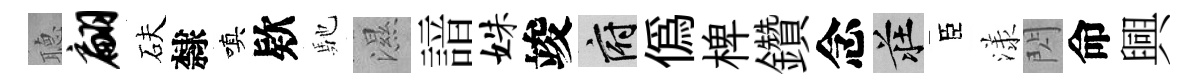
𦗟翩砆隸嗔欵馳濕諳姝竣府偽椑鑽念莊臣漾閃命興